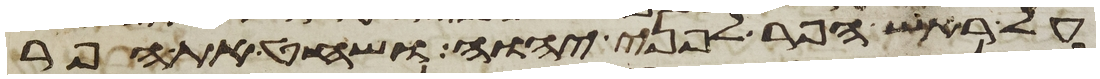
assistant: על ראש הפר לפני יהוה ושחט את הפר